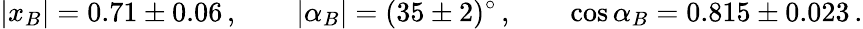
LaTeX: |x_{B}|=0.71\pm 0.06\, ,\qquad|\alpha_{B}|=(35\pm 2)^{\circ}\, ,\qquad\cos\alpha_{B}=0.815\pm 0.023\, .